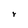
Character: r